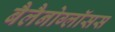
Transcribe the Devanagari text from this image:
बैलैनोग्लॉसस